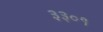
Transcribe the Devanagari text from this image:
३३०१